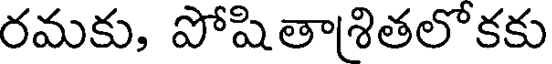
రమకు, పోషితాశితలో కకు